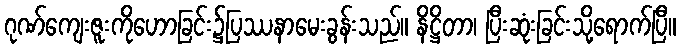
ဂုဏ်ကျေးဇူးကိုဟောခြင်း၌ပြဿနာမေးခွန်းသည်။ နိဋ္ဌိတာ၊ ပြီးဆုံးခြင်းသို့ရောက်ပြီ။